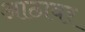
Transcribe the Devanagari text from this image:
आठावर